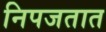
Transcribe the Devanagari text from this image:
निपजतात